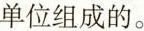
单位组成的。